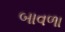
બાવળા